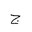
Letter: _gim